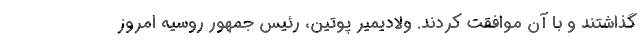
گذاشتند و با آن موافقت کردند. ولادیمیر پوتین، رئیس جمهور روسیه امروز